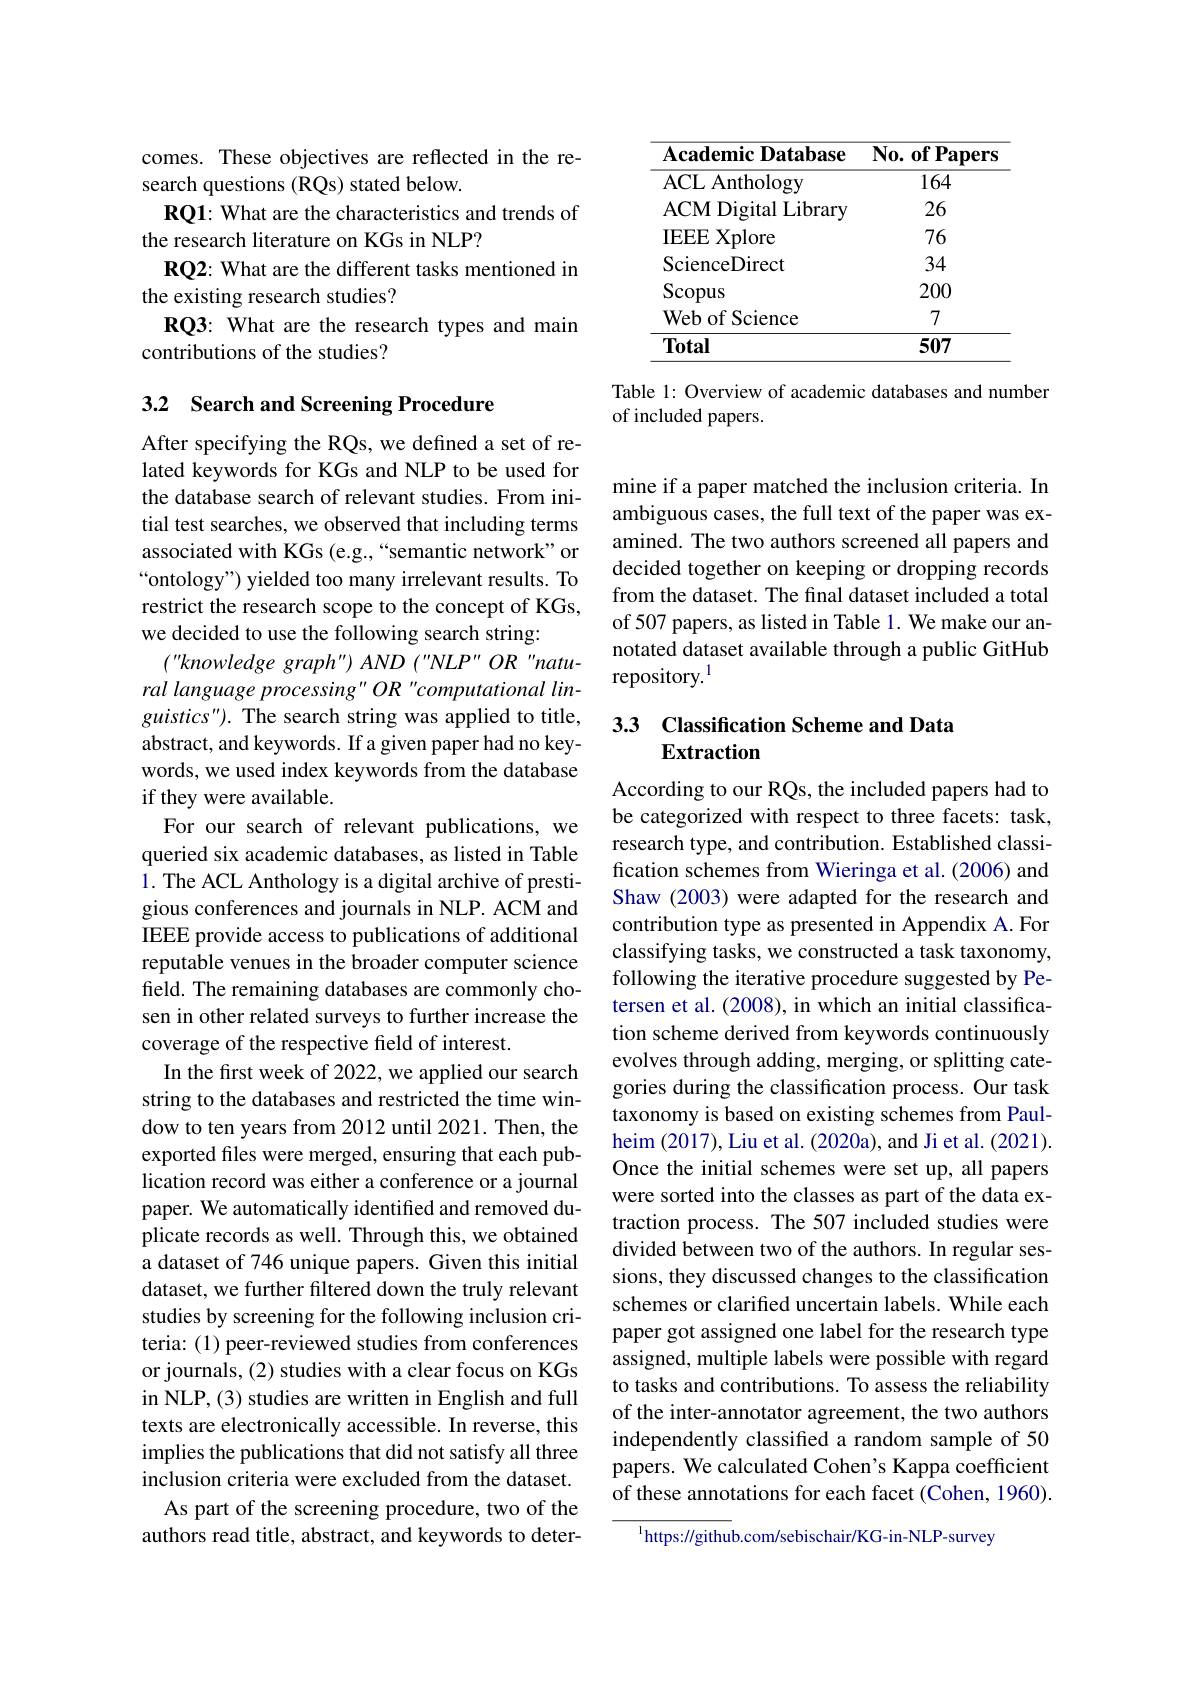
comes. These objectives are reflected in the re-
search questions (RQs) stated below.
RQ1: What are the characteristics and trends of
the research literature on KGs in NLP?
RQ2: What are the different tasks mentioned in
the existing research studies?
RQ3: What are the research types and main
contributions of the studies?

## 3.2 Search and Screening Procedure

After specifying the RQs, we defined a set of related keywords for KGs and NLP to be used for the database search of relevant studies. From initial test searches, we observed that including terms associated with KGs (e.g.,“semantic network” or “ontology") yielded too many irrelevant results. To restrict the research scope to the concept of KGs, we decided to use the following search string:
(" knowledge graph" ) AND ( " NLP" OR " natu- ral language processing" OR "computational lin- $guistics").$ The search string was applied to title, abstract, and keywords. If a given paper had no keywords, we used index keywords from the database if they were available.
For our search of relevant publications, we queried six academic databases, as listed in Table 1. The ACL Anthology is a digital archive of prestigious conferences and journals in NLP. ACM and IEEE provide access to publications of additional reputable venues in the broader computer science field. The remaining databases are commonly chosen in other related surveys to further increase the coverage of the respective feld of interest.
In the first week of 2022, we applied our search string to the databases and restricted the time window to ten years from 2012 until 2021. Then, the exported files were merged, ensuring that each publication record was either a conference or a journal paper. We automatically identified and removed duplicate records as well. Through this, we obtained a dataset of 746 unique papers. Given this initial dataset, we further filtered down the truly relevant studies by screening for the following inclusion criteria: (1) peer-reviewed studies from conferences or journals, (2) studies with a clear focus on KGs in NLP, (3) studies are written in English and full texts are electronically accessible. In reverse, this implies the publications that did not satisfy all three inclusion criteria were excluded from the dataset.
As part of the screening procedure, two of the authors read title, abstract, and keywords to deter-

<table>
	<tbody>
		<tr>
			<th>$\mathbf{AcademicDatabase}$</th>
			<th>$\mathbf{No.~of~Papers}$</th>
		</tr>
		<tr>
			<td>ACL Anthology</td>
			<td>164</td>
		</tr>
		<tr>
			<td>ACM Digital Library</td>
			<td>26</td>
		</tr>
		<tr>
			<td>$\mathbf{IEEE}$ $\Xi$Xplore</td>
			<td>76</td>
		</tr>
		<tr>
			<td>ScienceDirect</td>
			<td>34</td>
		</tr>
		<tr>
			<td>$\operatorname{Scopus}$</td>
			<td>200</td>
		</tr>
		<tr>
			<td>Web of Science</td>
			<td>7</td>
		</tr>
		<tr>
			<td>Total</td>
			<td>507</td>
		</tr>
	</tbody>
</table>

Table 1: Overview of academic databases and number
of included papers.

mine if a paper matched the inclusion criteria. In ambiguous cases, the full text of the paper was examined. The two authors screened all papers and decided together on keeping or dropping records from the dataset. The final dataset included a total of 507 papers, as listed in Table 1. We make our annotated dataset available through a public GitHub repository.$^{1}$

### 3.3 Classification Scheme and Data Extraction

According to our RQs, the included papers had to be categorized with respect to three facets: task, research type, and contribution. Established classification schemes from Wieringa et al. (2006) and Shaw (2003) were adapted for the research and contribution type as presented in Appendix A. For classifying tasks, we constructed a task taxonomy, following the iterative procedure suggested by Petersen et al. (2008), in which an initial classification scheme derived from keywords continuously evolves through adding, merging, or splitting categories during the classification process. Our task taxonomy is based on existing schemes from Paul- $\hom(2017)$,Liu et al.(2020a), and Ji et al.(2021). Once the initial schemes were set up, all papers were sorted into the classes as part of the data extraction process. The 507 included studies were divided between two of the authors. In regular sessions, they discussed changes to the classification schemes or clarified uncertain labels. While each paper got assigned one label for the research type assigned, multiple labels were possible with regard to tasks and contributions. To assess the reliability of the inter-annotator agreement, the two authors independently classified a random sample of 50 papers. We calculated Cohen's Kappa coefficient of these annotations for each facet (Cohen, 1960).
$^{\mathrm{l}}$https://github.com/sebischair/KG-in-NLP-survey